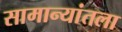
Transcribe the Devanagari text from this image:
सामान्यांतला